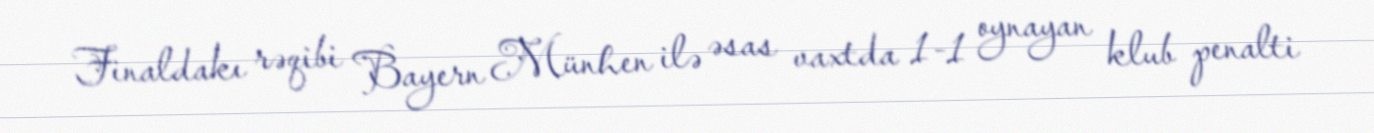
Finaldakı rəqibi Bayern Münhen ilə əsas vaxtda 1-1 oynayan klub penalti